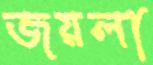
জয়লা